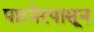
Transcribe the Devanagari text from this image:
पारनेरपासून